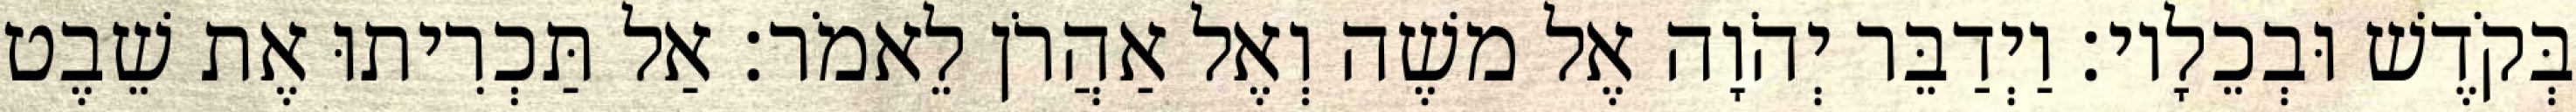
בְּקֹדֶשׁ וּבְכֵלָיו׃ וַיְדַבֵּר יְהֹוָה אֶל משֶׁה וְאֶל אַהֲרֹן לֵאמֹר׃ אַל תַּכְרִיתוּ אֶת שֵׁבֶט